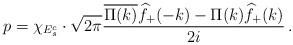
LaTeX: \begin{align*}p=\chi_{E_s^c}\cdot \sqrt{2\pi}\frac{\overline{\Pi(k)}\widehat f_+(-k)-\Pi(k)\widehat f_+(k)}{2i}\,.\end{align*}